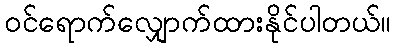
ဝင်ရောက်လျှောက်ထားနိုင်ပါတယ်။